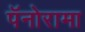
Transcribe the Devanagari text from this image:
पॅनोरामा